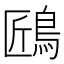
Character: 𪀘